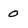
Character: 0